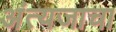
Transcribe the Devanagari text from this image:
अंत्यजाचा